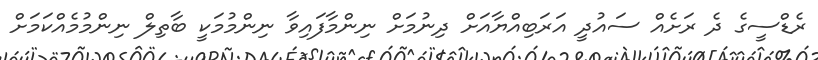
ރެޑްސީގެ ދެ ރަށެއް ސައުދީ އަރަބިއްޔާއަށް ދިނުމަށް ނިންމާފައިވާ ނިންމުމަކީ ބާތިލް ނިންމުމެއްކަމަށް